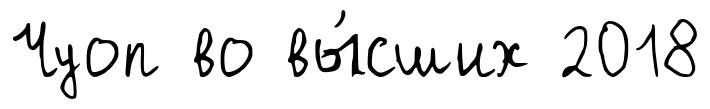
Чуоп во вы́сших 2018